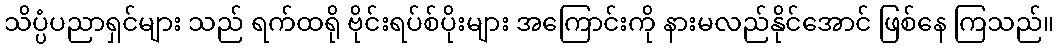
သိပ္ပံပညာရှင်များ သည် ရက်ထရို ဗိုင်းရပ်စ်ပိုးများ အကြောင်းကို နားမလည်နိုင်အောင် ဖြစ်နေ ကြသည်။